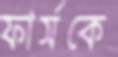
ফার্সকে